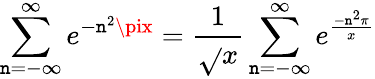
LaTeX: \sum_{\mathtt{n}=-\infty}^{\infty}{e^{-\mathtt{n}^{2}\pix}}={\frac{{1}}{{\sqrt{}{{x}}}}}\sum_{\mathtt{n}=-\infty}^{\infty}{e^{\frac{{-\mathtt{n}^{2}\pi}}{{x}}}}